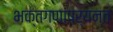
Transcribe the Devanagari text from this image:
भक्तगणांपर्यन्त